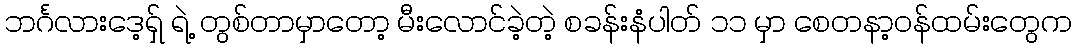
ဘင်္ဂလားဒေ့ရှ် ရဲ့ တွစ်တာမှာတော့ မီးလောင်ခဲ့တဲ့ စခန်းနံပါတ် ၁၁ မှာ စေတနာ့ဝန်ထမ်းတွေက